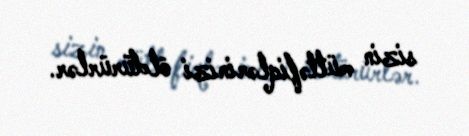
sizin müttəfiqlərinizi öldürürlər.